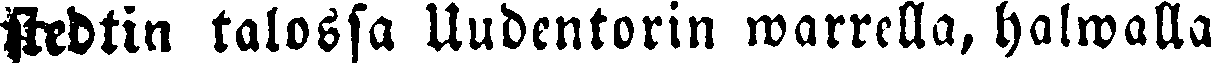
stedtin talossa Uudentorin warrella, halwalla